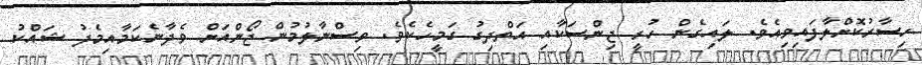
ހިސާރުކޮށްލާފައިވިއެވެ. ލައިގެން ހުރީ ޖިންސަކާއި އަތްދިގު ގަމީހެކެވެ. ވިސްނާލުމުން ޖޯންއަށް ވެދާނެކަމާއިމެދު ޝައްކު